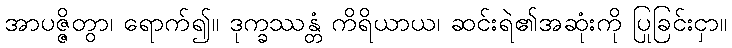
အာပဇ္ဇိတွာ၊ ရောက်၍။ ဒုက္ခဿန္တံ ကိရိယာယ၊ ဆင်းရဲ၏အဆုံးကို ပြုခြင်းငှာ။